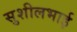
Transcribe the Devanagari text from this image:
सुशीलभाई